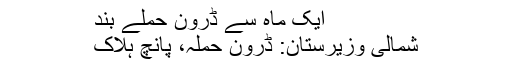
ایک ماہ سے ڈرون حملے بند
شمالی وزیرستان: ڈرون حملہ، پانچ ہلاک